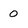
Character: 0